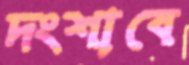
দংশাবে